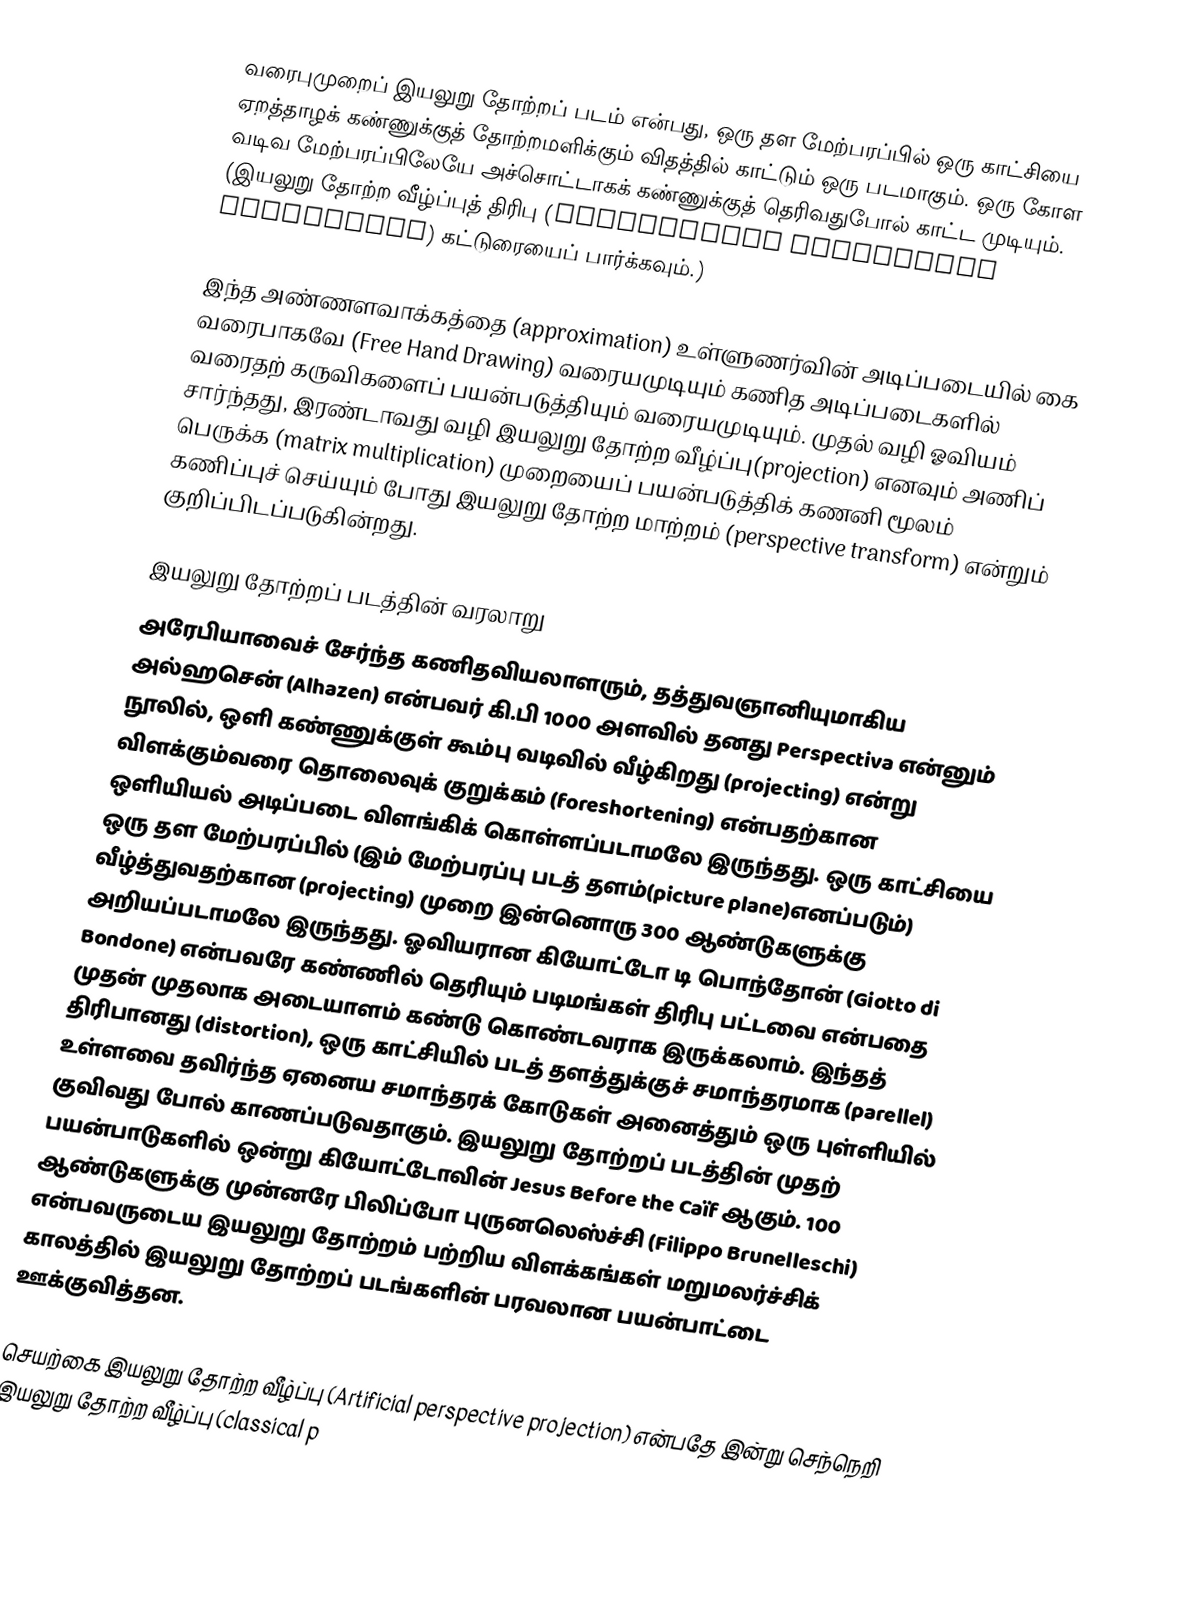
வரைபுமுறைப் இயலுறு தோற்றப் படம் என்பது, ஒரு தள மேற்பரப்பில் ஒரு காட்சியை ஏறத்தாழக் கண்ணுக்குத் தோற்றமளிக்கும் விதத்தில் காட்டும் ஒரு படமாகும். ஒரு கோள வடிவ மேற்பரப்பிலேயே அச்சொட்டாகக் கண்ணுக்குத் தெரிவதுபோல் காட்ட முடியும். (இயலுறு தோற்ற வீழ்ப்புத் திரிபு (perspective projection distortion) கட்டுரையைப் பார்க்கவும்.)

இந்த அண்ணளவாக்கத்தை (approximation) உள்ளுணர்வின் அடிப்படையில் கை வரைபாகவே (Free Hand Drawing) வரையமுடியும் கணித அடிப்படைகளில் வரைதற் கருவிகளைப் பயன்படுத்தியும் வரையமுடியும். முதல் வழி ஓவியம் சார்ந்தது, இரண்டாவது வழி இயலுறு தோற்ற வீழ்ப்பு(projection) எனவும் அணிப் பெருக்க (matrix multiplication) முறையைப் பயன்படுத்திக் கணனி மூலம் கணிப்புச் செய்யும் போது இயலுறு தோற்ற மாற்றம் (perspective transform) என்றும் குறிப்பிடப்படுகின்றது.

இயலுறு தோற்றப் படத்தின் வரலாறு
அரேபியாவைச் சேர்ந்த கணிதவியலாளரும், தத்துவஞானியுமாகிய அல்ஹசென் (Alhazen) என்பவர் கி.பி 1000 அளவில் தனது Perspectiva என்னும் நூலில், ஒளி கண்ணுக்குள் கூம்பு வடிவில் வீழ்கிறது (projecting) என்று விளக்கும்வரை தொலைவுக் குறுக்கம் (foreshortening) என்பதற்கான ஒளியியல் அடிப்படை விளங்கிக் கொள்ளப்படாமலே இருந்தது. ஒரு காட்சியை ஒரு தள மேற்பரப்பில் (இம் மேற்பரப்பு படத் தளம்(picture plane)எனப்படும்)  வீழ்த்துவதற்கான (projecting) முறை இன்னொரு 300 ஆண்டுகளுக்கு அறியப்படாமலே இருந்தது. ஓவியரான கியோட்டோ டி பொந்தோன் (Giotto di Bondone) என்பவரே கண்ணில் தெரியும் படிமங்கள் திரிபு பட்டவை என்பதை முதன் முதலாக அடையாளம் கண்டு கொண்டவராக இருக்கலாம். இந்தத் திரிபானது (distortion), ஒரு காட்சியில் படத் தளத்துக்குச் சமாந்தரமாக (parellel) உள்ளவை தவிர்ந்த ஏனைய  சமாந்தரக் கோடுகள் அனைத்தும் ஒரு புள்ளியில் குவிவது போல் காணப்படுவதாகும். இயலுறு தோற்றப் படத்தின் முதற் பயன்பாடுகளில் ஒன்று கியோட்டோவின் Jesus Before the Caïf ஆகும். 100 ஆண்டுகளுக்கு முன்னரே பிலிப்போ புருனலெஸ்ச்சி (Filippo Brunelleschi) என்பவருடைய இயலுறு தோற்றம் பற்றிய விளக்கங்கள் மறுமலர்ச்சிக் காலத்தில் இயலுறு தோற்றப் படங்களின் பரவலான பயன்பாட்டை ஊக்குவித்தன.

 செயற்கை இயலுறு தோற்ற வீழ்ப்பு (Artificial perspective projection) என்பதே இன்று செந்நெறி இயலுறு தோற்ற வீழ்ப்பு (classical p